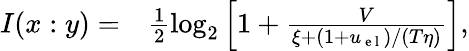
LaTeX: \begin{array}{rl}{I(x:y)=}&{{}\frac{1}{2}\log_{2}\left[1+\frac{V}{\xi+(1+u_{\mathrm{~e~l~}})/(T\eta)}\right],}\end{array}